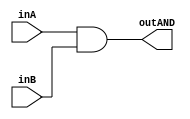
/* CSED273 lab1 experiment 1 */
/* lab1_1.v */


/* Implement AND */
module lab1_1(outAND, inA, inB);
    output wire outAND;
    input wire inA, inB;
    
    and(outAND, inA, inB);

endmodule